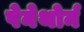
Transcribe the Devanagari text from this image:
पेनेथोर्न